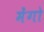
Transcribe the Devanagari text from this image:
मेंगो